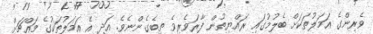
ވެރިންގެ އަމަލުތަކަށް ބެލުމުގައި ރައްޔިތުން ފާރަވެރިވެ ތިބެގެންނެވެ. އަދި އެ އަމަލުތަކުގެ މައްޗަށް